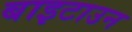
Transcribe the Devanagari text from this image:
बाइटाउन